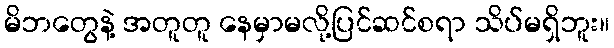
မိဘတွေနဲ့ အတူတူ နေမှာမလို့ပြင်ဆင်စရာ သိပ်မရှိဘူး။